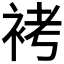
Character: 𧙲